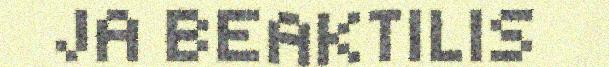
JA BEAKTILIS